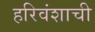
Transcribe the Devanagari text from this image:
हरिवंशाची